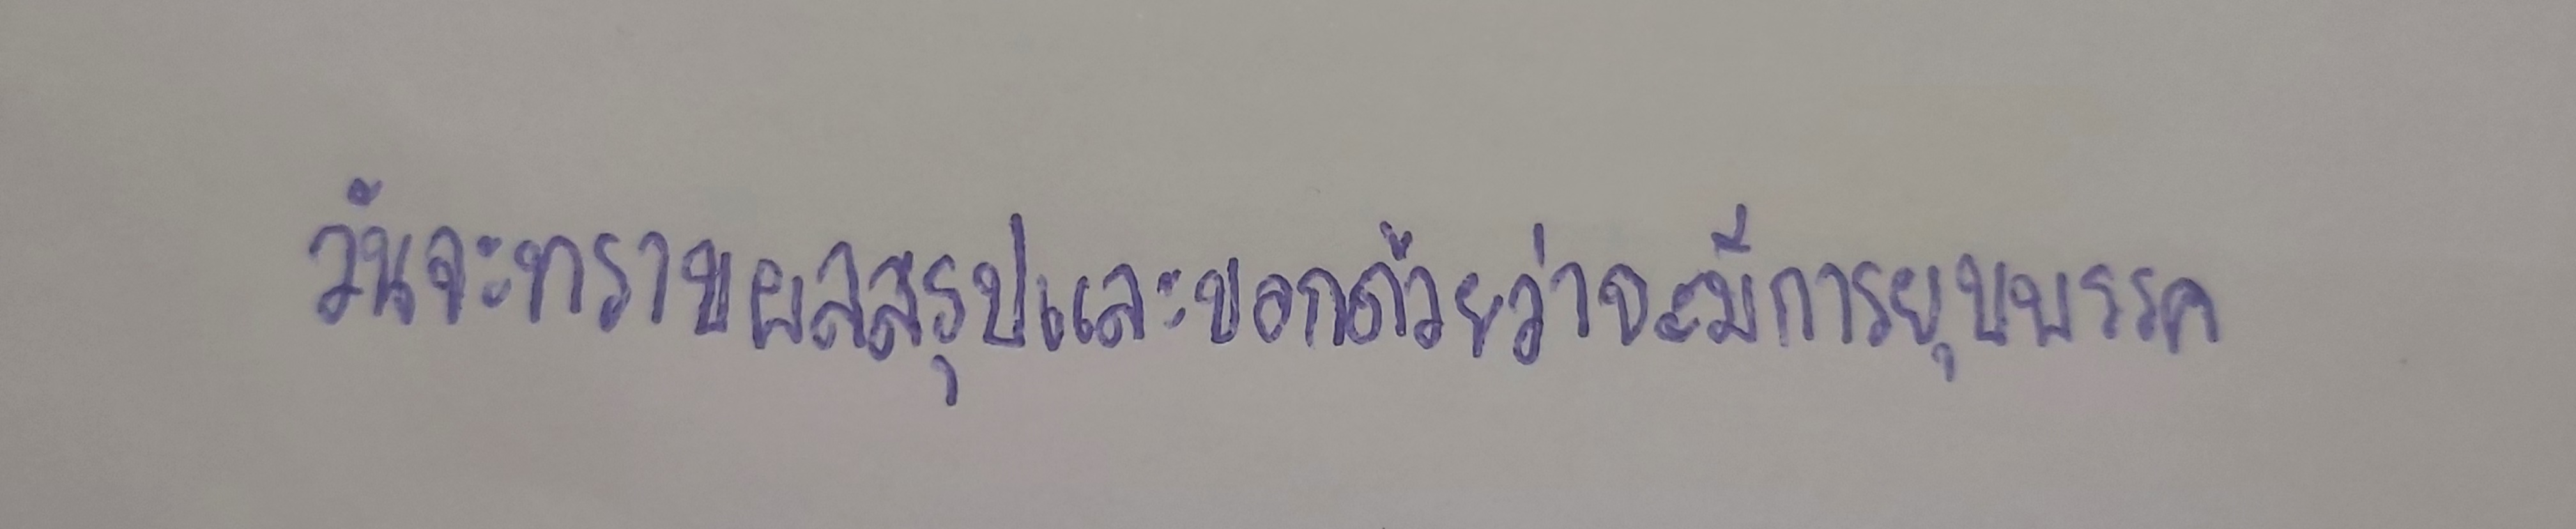
วันจะทราบผลสรุปและบอกด้วยว่าจะมีการยุบพรรค